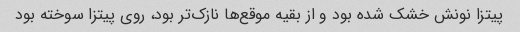
پیتزا نونش خشک شده بود و از بقیه موقع‌ها نازک‌تر بود، روی پیتزا سوخته بود